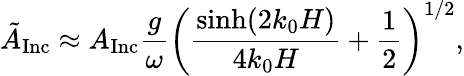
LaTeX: \tilde{A}_{\mathrm{Inc}}\approx A_{\mathrm{Inc}}\frac{g}{\omega}\left(\frac{\sinh(2k_{0}H)}{4k_{0}H}+\frac{1}{2}\right)^{1/2},